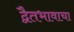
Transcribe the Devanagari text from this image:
द्वैतभावाचा